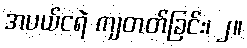
အပယ်ငရဲ ကျတတ်ခြင်း၊ ၂။